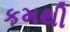
કમથી